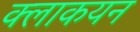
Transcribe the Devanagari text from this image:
क्लाकयन